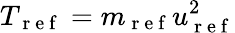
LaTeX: T_{\mathrm{~r~e~f~}}=m_{\mathrm{~r~e~f~}}u_{\mathrm{~r~e~f~}}^{2}